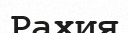
Рахия